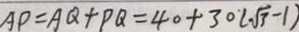
A P = A Q + P Q = 4 0 + 3 0 ( \sqrt { 3 } - 1 )